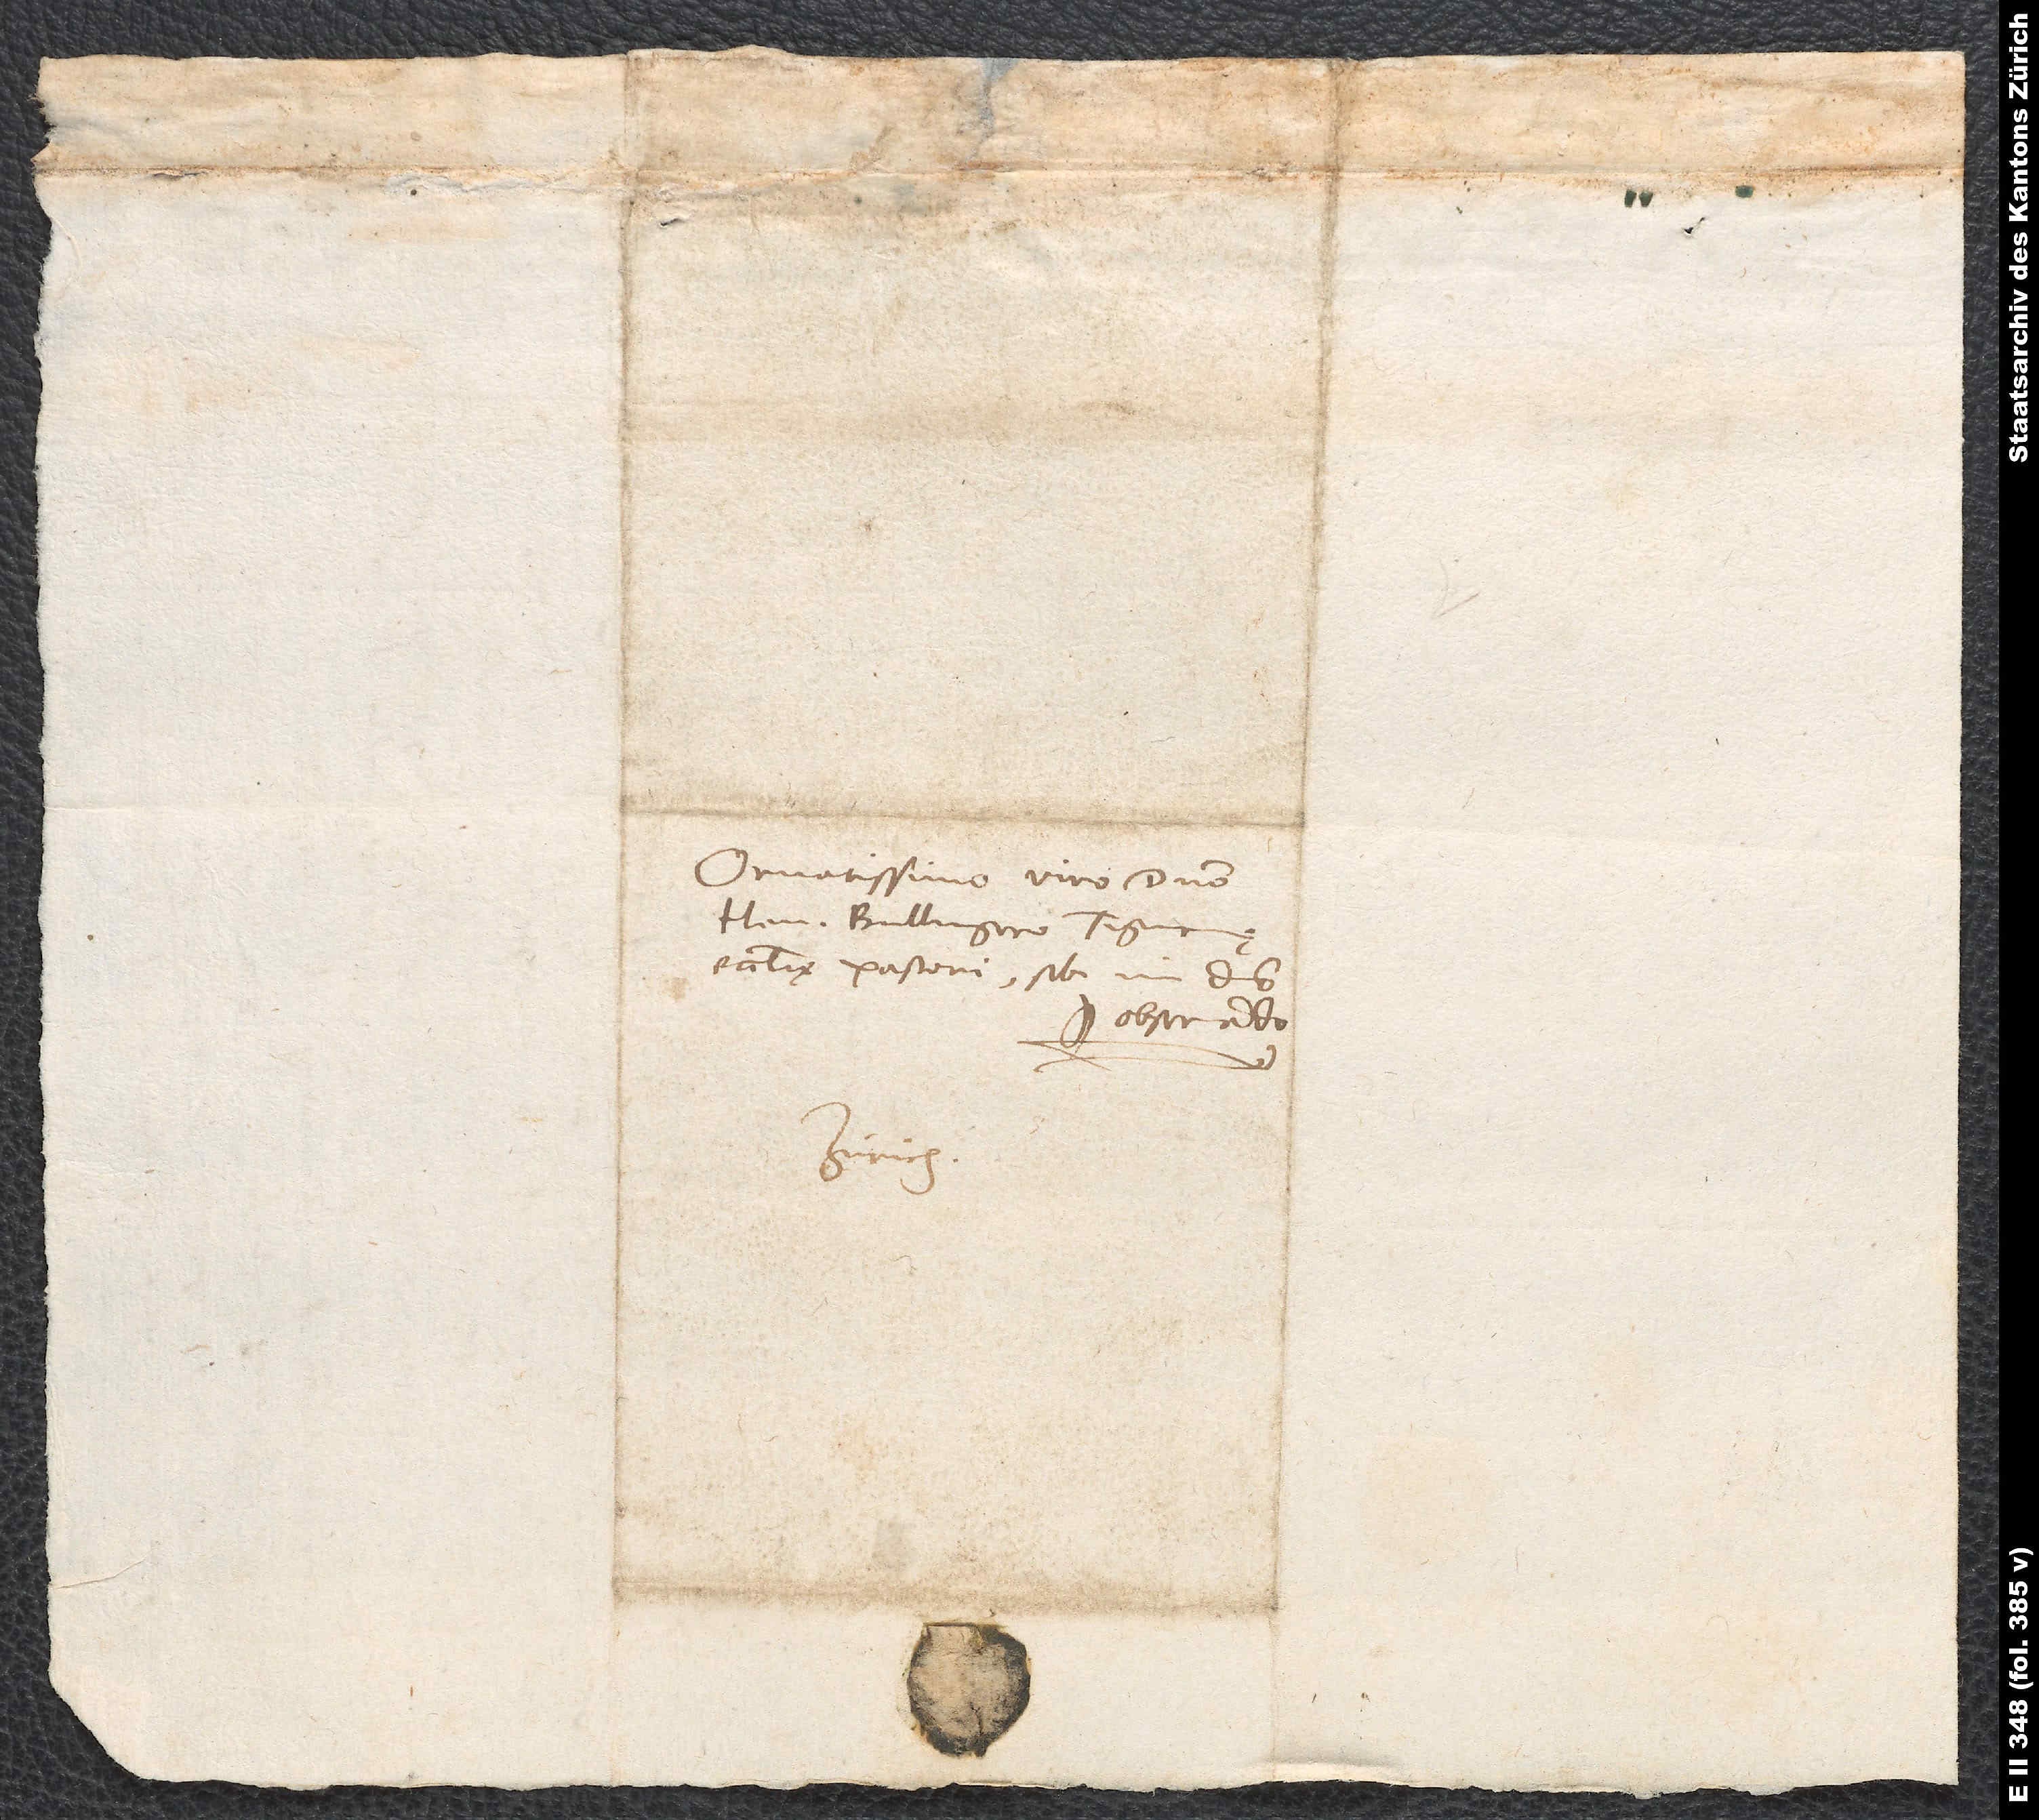
Ornatissimo viro domino
Henrico Bullingero, Tigurinae
ecclesiae pastori, sibi in domino
observando.